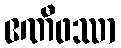
ဧဏီဖဿာ